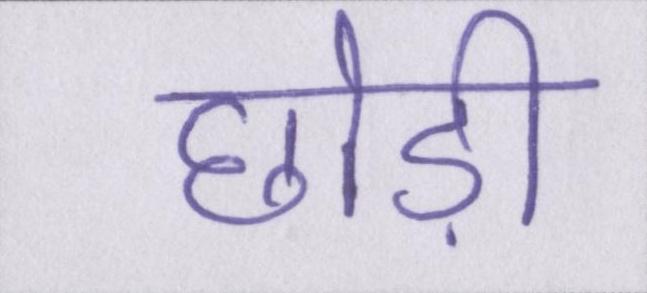
छोड़ी